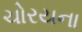
ચોરયના